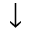
\downarrow